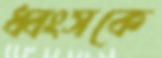
ধ্বংসকে